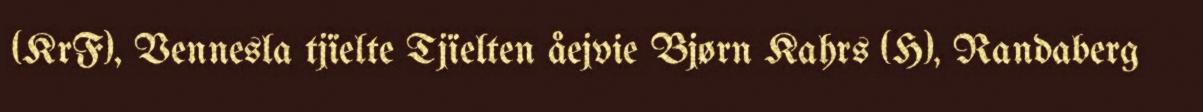
(KrF), Vennesla tjïelte Tjïelten åejvie Bjørn Kahrs (H), Randaberg